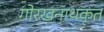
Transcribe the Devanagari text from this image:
गोरखनाथकृत